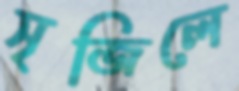
সৃজিলে